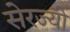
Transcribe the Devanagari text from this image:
सेरज्यो